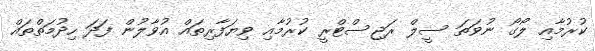
ކުރުމާއި ލޯގޯ ނުވަތަ ސީލް ރަޖިސްޓްރީ ކުރުމާއި ވިޔަފާރިތައް އުވާލުން ފަދަ ހިދުމަތްތައް